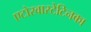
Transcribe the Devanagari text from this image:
एटोरवास्टेटिनका